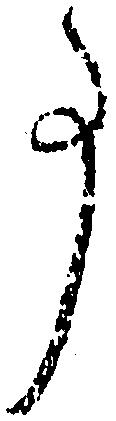
事